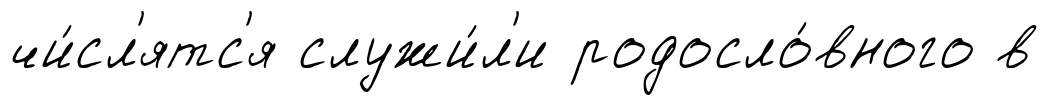
чи́сл'ятс'я служи́л'и родосло́вного в